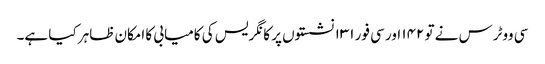
سی ووٹرس نے تو ۱۴۲ اور سی فور ۱۳۱ نشستوں پر کانگریس کی کامیابی کا امکان ظاہر کیا ہے۔